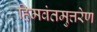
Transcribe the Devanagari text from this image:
हिमवंतमुत्तरेण